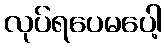
လုပ်ရပေမပေါ့